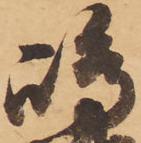
嶋